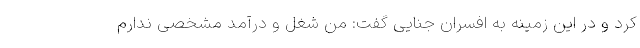
کرد و در این زمینه به افسران جنایی گفت: من شغل و درآمد مشخصی ندارم